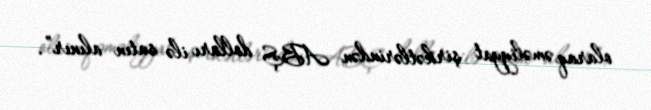
olaraq əməliyyat şirkətlərindən ABŞ dolları ilə satın alınır”.